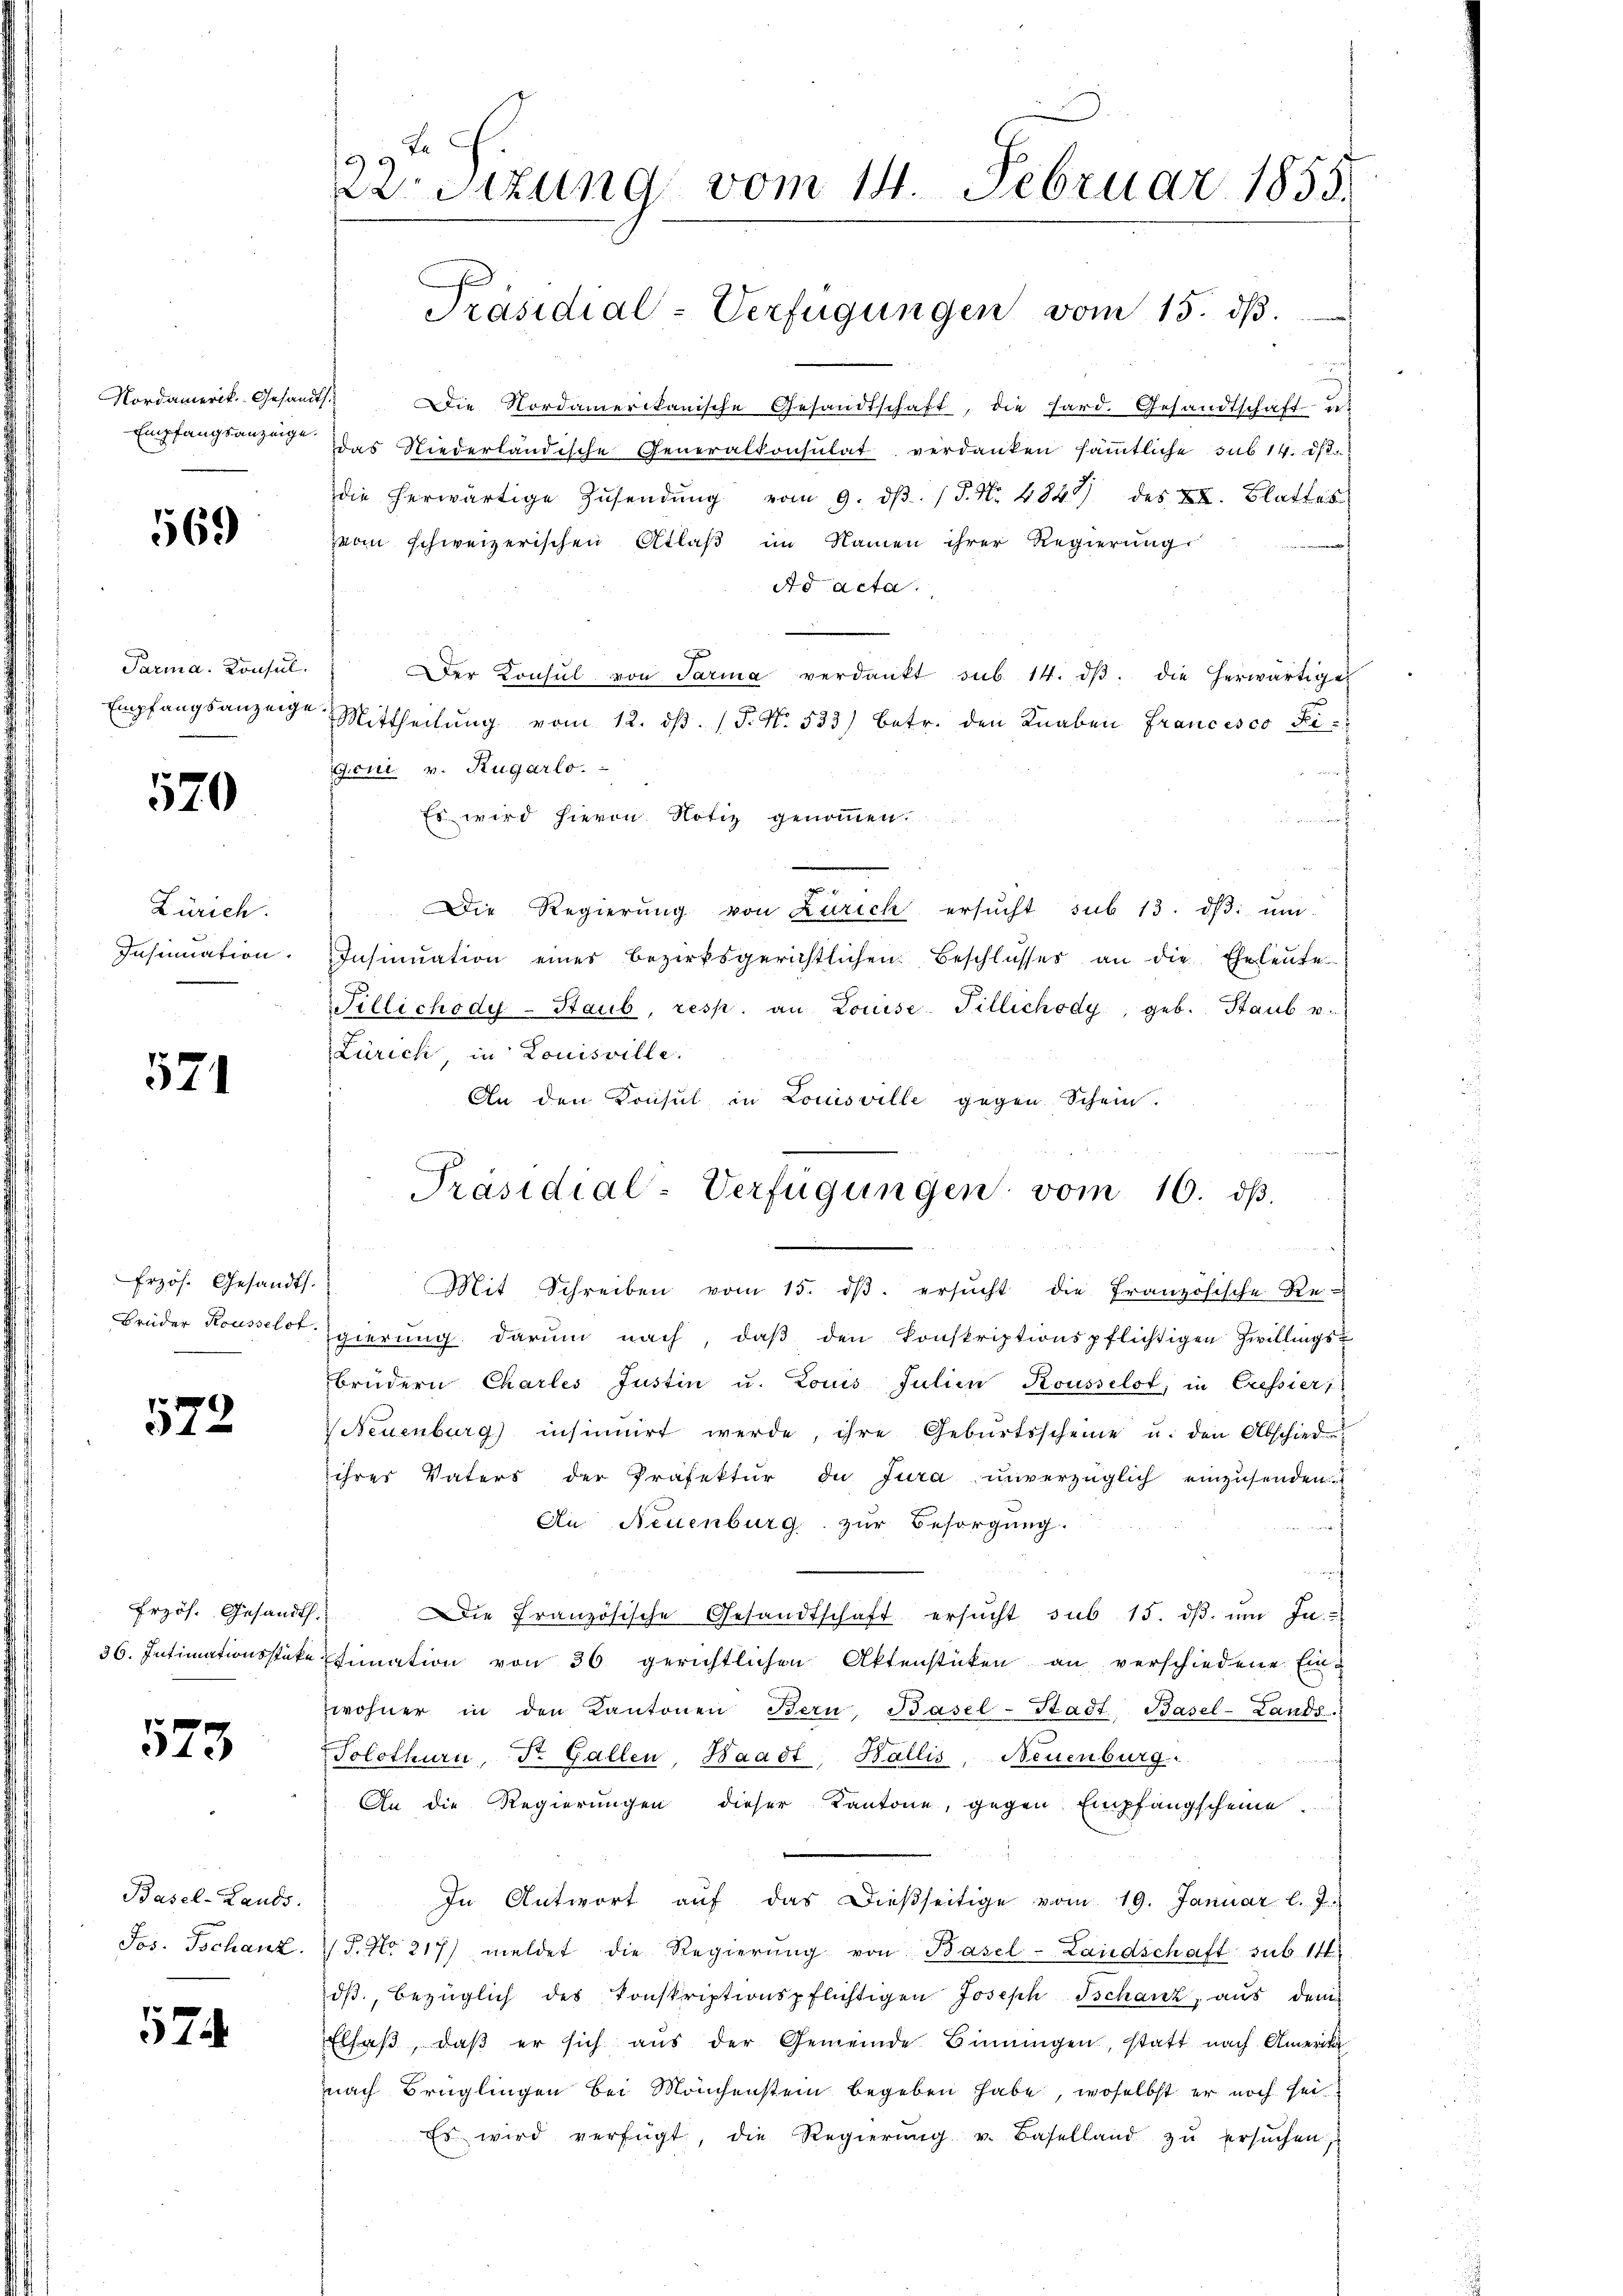
Nordamerik. Gesandts.
Empfangsanzeige.

569

Parma. Konsul
Empfangsanzeige.

570

Zürich.
Insinuation.

571

Erzös. Gesandts.
Brüder Rousselst

572

Erzös. Gesandth.

573

Basel-Lands
Jos. Tschanz.

574

22. Sizung vom 14. Februar 1858.
Präsidial-Verfügungen vom 15. dß.
e

Die Nordamerikanische Gesandtschaft, die hard. Gesandtschaft u
das Niederländische Generalkonsulat verdanken sämmtliche sub 14. ds.
die herwärtige Zŭsendŭng vom 9. dβ. P. Nr. 484) des XI. Blattes
von schweizerischen Atlas im Namen ihrer Regierung
Ad acta.
Der Konsul von Parina verdankt sub 14. dβ. die herwärtiges
Mittheilung vom 12. dβ. (T. N. 533) betr. den Knaben Francesco Fi-
Goni v. Rugarlo.
af
Es wird hievon Notiz genommen.
n
N 22
Die Regierŭng von Zürich ersŭcht sub 13. dβ ŭm
Insinuation eines Bezirksgerichtlichen Beschlŭsses an die Eheleute
Fillichody-Staub, resp. an Louise. Tillichody, geb. Staub. v.
Zürich, in Louisville.
An den Konsul in Louisville gegen Schein.
Präsidial-Verfügungen vom 16. dβ.

Mit Schreiben vom 15. dβ. ersŭcht die Französische Re-
gierŭng darum nach, daβ den konskriptionspflichtigen Zwillings-
brüdern Charles Justin u. Louis Julien Kousselst, in Cressier
Neuenburg insinuirt werde, ihre Gebŭrtsscheine u. den Abschied
ihres Vaters der Präfektur de Jura unverzüglich einzusenden.
Au. Neuenburg zur Besorgung.
Die Französische Gesandtschaft ersucht sub 15. dβ. um In-
36. Intimationsstüke fiation von 36 gerichtlichen Aktenstücken an verschiedene Ein-
wohner in den Kantonen Bern, Basel-Stadt Basel-Lands
Solothurn, Dr. Gallen, Waadt, Wallis, Neuenburg.
An die Regierungen dieser Kantone, gegen Empfangscheine.
In Antwort aŭf das dießseitige vom 19. Januar l. J.
/T. No 217) meldet die Regierŭng von Basel-Landschaft sub. 114
dβ., bezüglich des konskriptionspflichtigen Joseph Tschanz, aus dem
Elsaß, daß er sich aus der Gemeinde Binnungen, statt nach Amerika
nach Brüglingen bei Mönchenstein begeben habe, woselbst er noch sei.
Es wird verfügt, die Regierŭng u. Baselland zŭ ersŭchen.